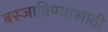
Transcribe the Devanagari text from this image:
बस्जाविण्यासाठी